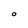
Character: O